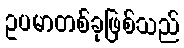
ဥပမာတစ်ခုဖြစ်သည်